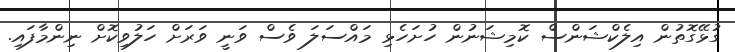
ގުޅޭގޮތުން އިލެކްޝަންސް ކޮމިޝަނުން ހުށަހެޅި މައްސަލަ ވެސް ވަނީ ވަރަށް ހަލުވިކޮށް ނިންމާފައި.